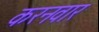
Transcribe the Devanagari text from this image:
करनवार